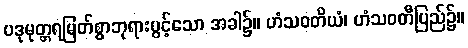
ပဒုမုတ္တရမြတ်စွာဘုရားပွင့်သော အခါ၌။ ဟံသဝတိယံ၊ ဟံသဝတီပြည်၌။